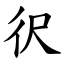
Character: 鿈